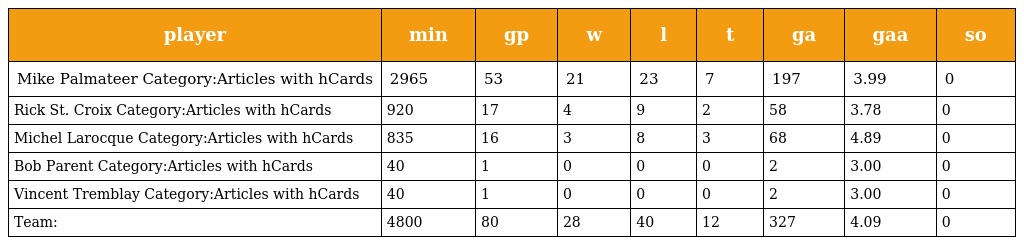
| player | min | gp | w | l | t | ga | gaa | so |
 | --- | --- | --- | --- | --- | --- | --- | --- | --- |
 | Mike Palmateer Category:Articles with hCards | 2965 | 53 | 21 | 23 | 7 | 197 | 3.99 | 0 |
 | Rick St. Croix Category:Articles with hCards | 920 | 17 | 4 | 9 | 2 | 58 | 3.78 | 0 |
 | Michel Larocque Category:Articles with hCards | 835 | 16 | 3 | 8 | 3 | 68 | 4.89 | 0 |
 | Bob Parent Category:Articles with hCards | 40 | 1 | 0 | 0 | 0 | 2 | 3.00 | 0 |
 | Vincent Tremblay Category:Articles with hCards | 40 | 1 | 0 | 0 | 0 | 2 | 3.00 | 0 |
 | Team: | 4800 | 80 | 28 | 40 | 12 | 327 | 4.09 | 0 |